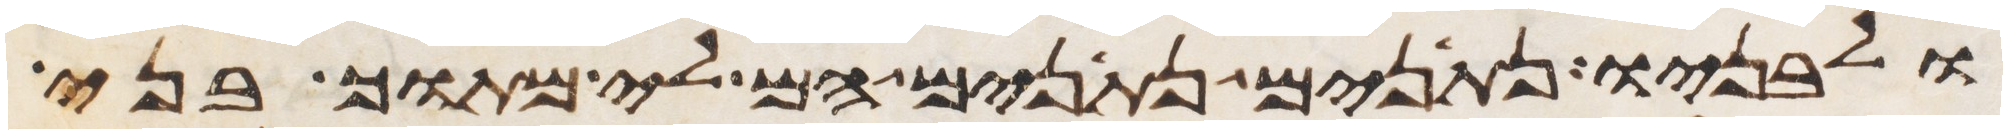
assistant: ולבניו נתנים נתנים הם לי מתוך בני